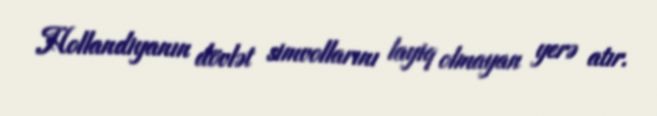
Hollandiyanın dövlət simvollarını layiq olmayan yerə atır.